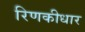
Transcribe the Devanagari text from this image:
रिणकीधार